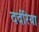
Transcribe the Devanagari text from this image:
दर्दरिया